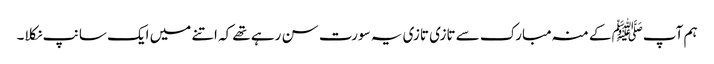
ہم آپﷺ کے منہ مبارک سے تازی تازی یہ سورت سن رہے تھے کہ اتنے میں ایک سانپ نکلا۔